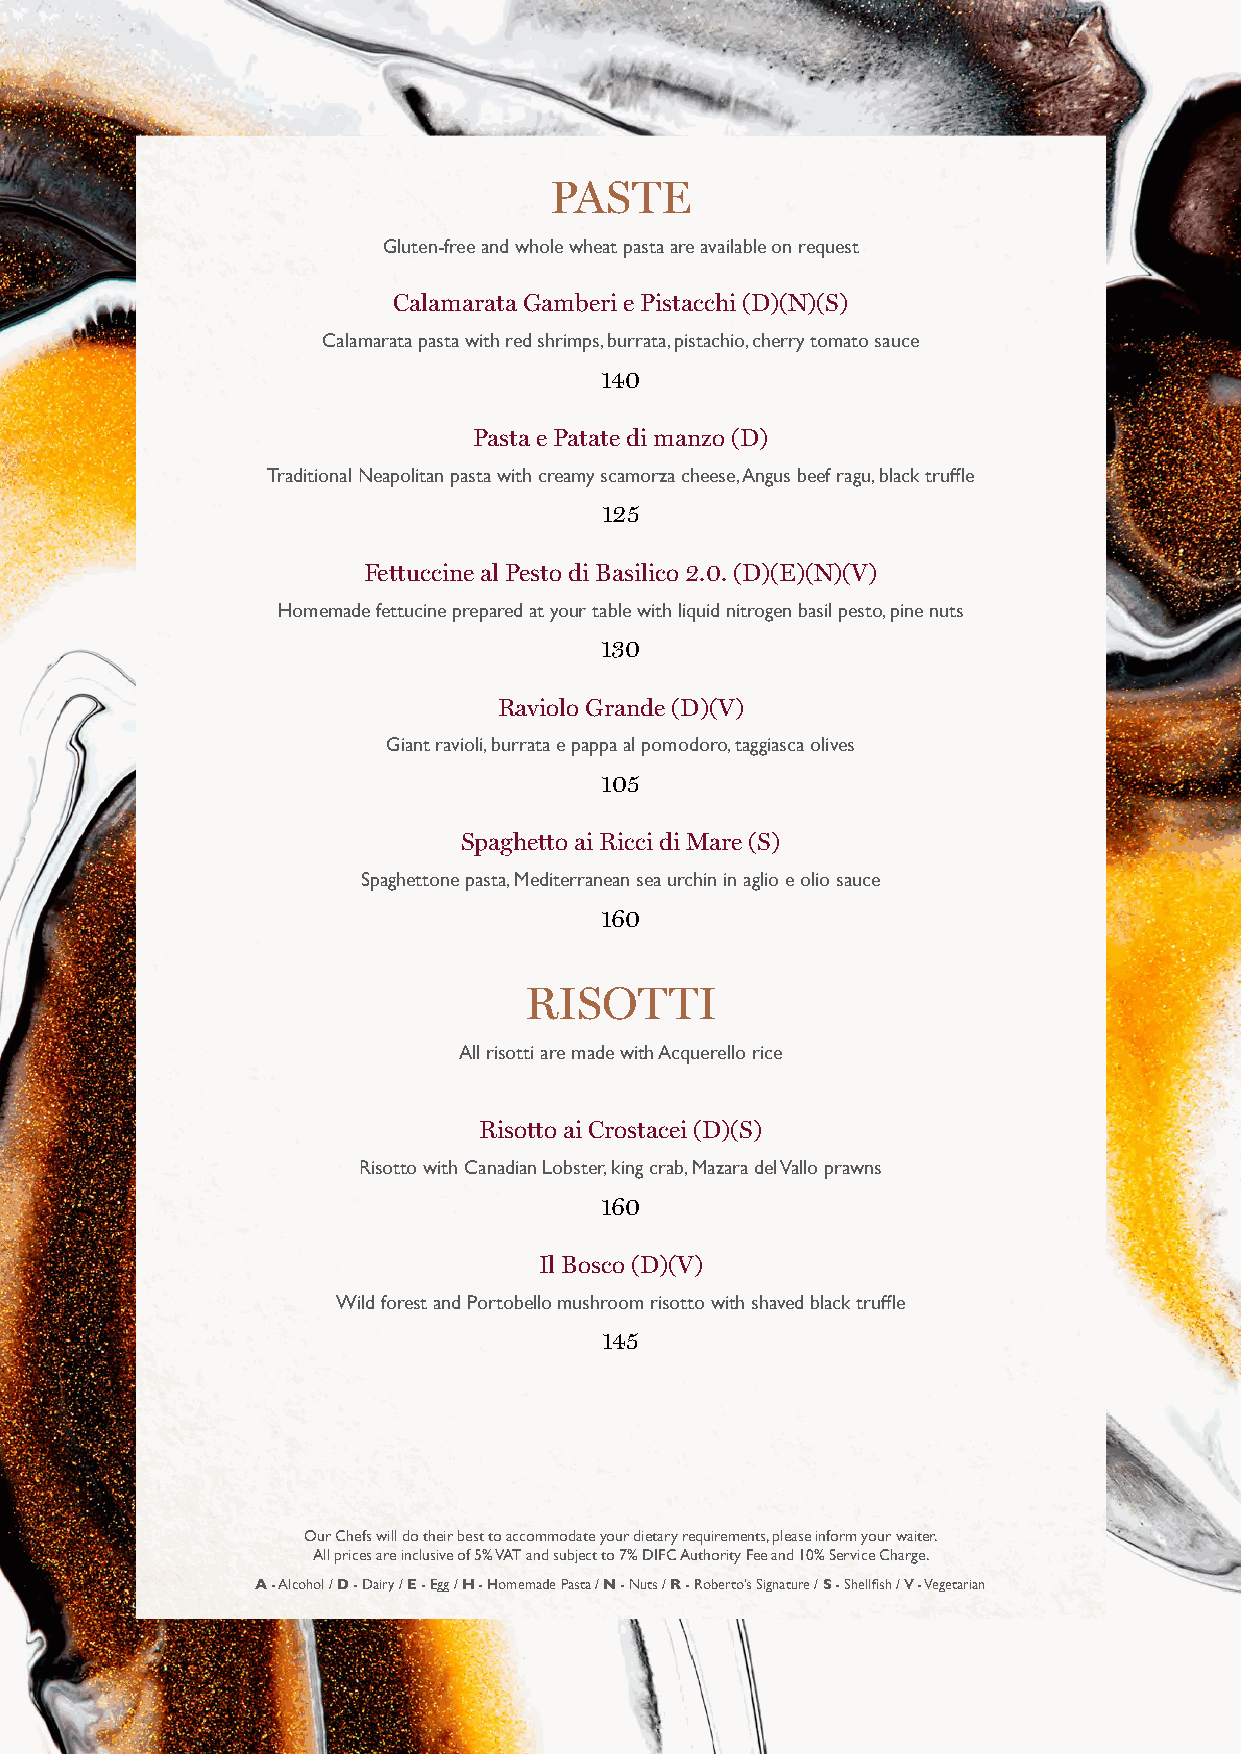
PASTE
 Gluten-free and whole wheat pasta are available on request
 Calamarata Gamberi e Pistacchi (D)(N)(S)
 Calamarata pasta with red shrimps, burrata, pistachio, cherry tomato sauce
 140
 Pasta e Patate di manzo (D)
 Traditional Neapolitan pasta with creamy scamorza cheese, Angus beef ragu, black truffle
 125
 Fettuccine al Pesto di Basilico 2.0. (D)(E)(N)(V)
 Homemade fettucine prepared at your table with liquid nitrogen basil pesto, pine nuts
 130
 Raviolo Grande (D)(V)
 Giant ravioli, burrata e pappa al pomodoro, taggiasca olives
 105
 Spaghetto ai Ricci di Mare (S)
 Spaghettone pasta, Mediterranean sea urchin in aglio e olio sauce
 160
 RISOTTI
 All risotti are made with Acquerello rice
 Risotto ai Crostacei (D)(S)
 Risotto with Canadian Lobster, king crab, Mazara del Vallo prawns
 160
 Il Bosco (D)(V)
 Wild forest and Portobello mushroom risotto with shaved black truffle
 145
 Our Chefs will do their best to accommodate your dietary requirements, please inform your waiter.
 All prices are inclusive of 5% VAT and subject to 7% DIFC Authority Fee and 10% Service Charge.
 A - Alcohol / D - Dairy / E - Egg / H - Homemade Pasta / N - Nuts / R - Roberto’s Signature / S - Shellfish / V - Vegetarian